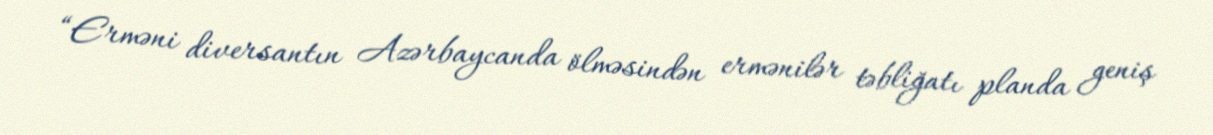
“Erməni diversantın Azərbaycanda ölməsindən ermənilər təbliğatı planda geniş